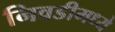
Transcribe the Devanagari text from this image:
निवडीमध्ये